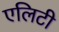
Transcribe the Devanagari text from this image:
एलिटी